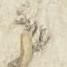
々